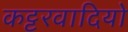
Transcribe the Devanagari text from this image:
कट्टरवादियो